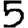
Digit: 5